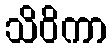
သိဝိကာ